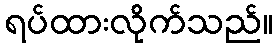
ရပ်ထားလိုက်သည်။